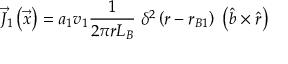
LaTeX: { \vec { J } } _ { 1 } \left( { \vec { x } } \right) = a _ { 1 } v _ { 1 } { \frac { 1 } { 2 \pi r L _ { B } } } \; \delta ^ { 2 } \left( r - r _ { B 1 } \right) \; \left( { { \hat { b } } \times { \hat { r } } } \right)